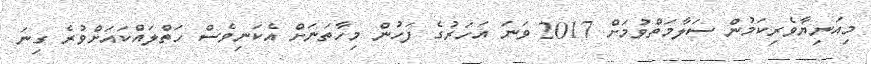
މިއަނިޔާވެރިކަމުން ސަލާމަތްވުމަށް 2017 ވަނަ އަހަރުގެ ފަހުން މިހާތަނަށް އެކަނިވެސް ހަތްލައްކައަށްވުރެ ގިނަ